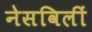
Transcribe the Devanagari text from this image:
नेसविलीं